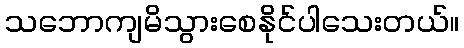
သဘောကျမိသွားစေနိုင်ပါသေးတယ်။